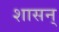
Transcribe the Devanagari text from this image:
शासन्